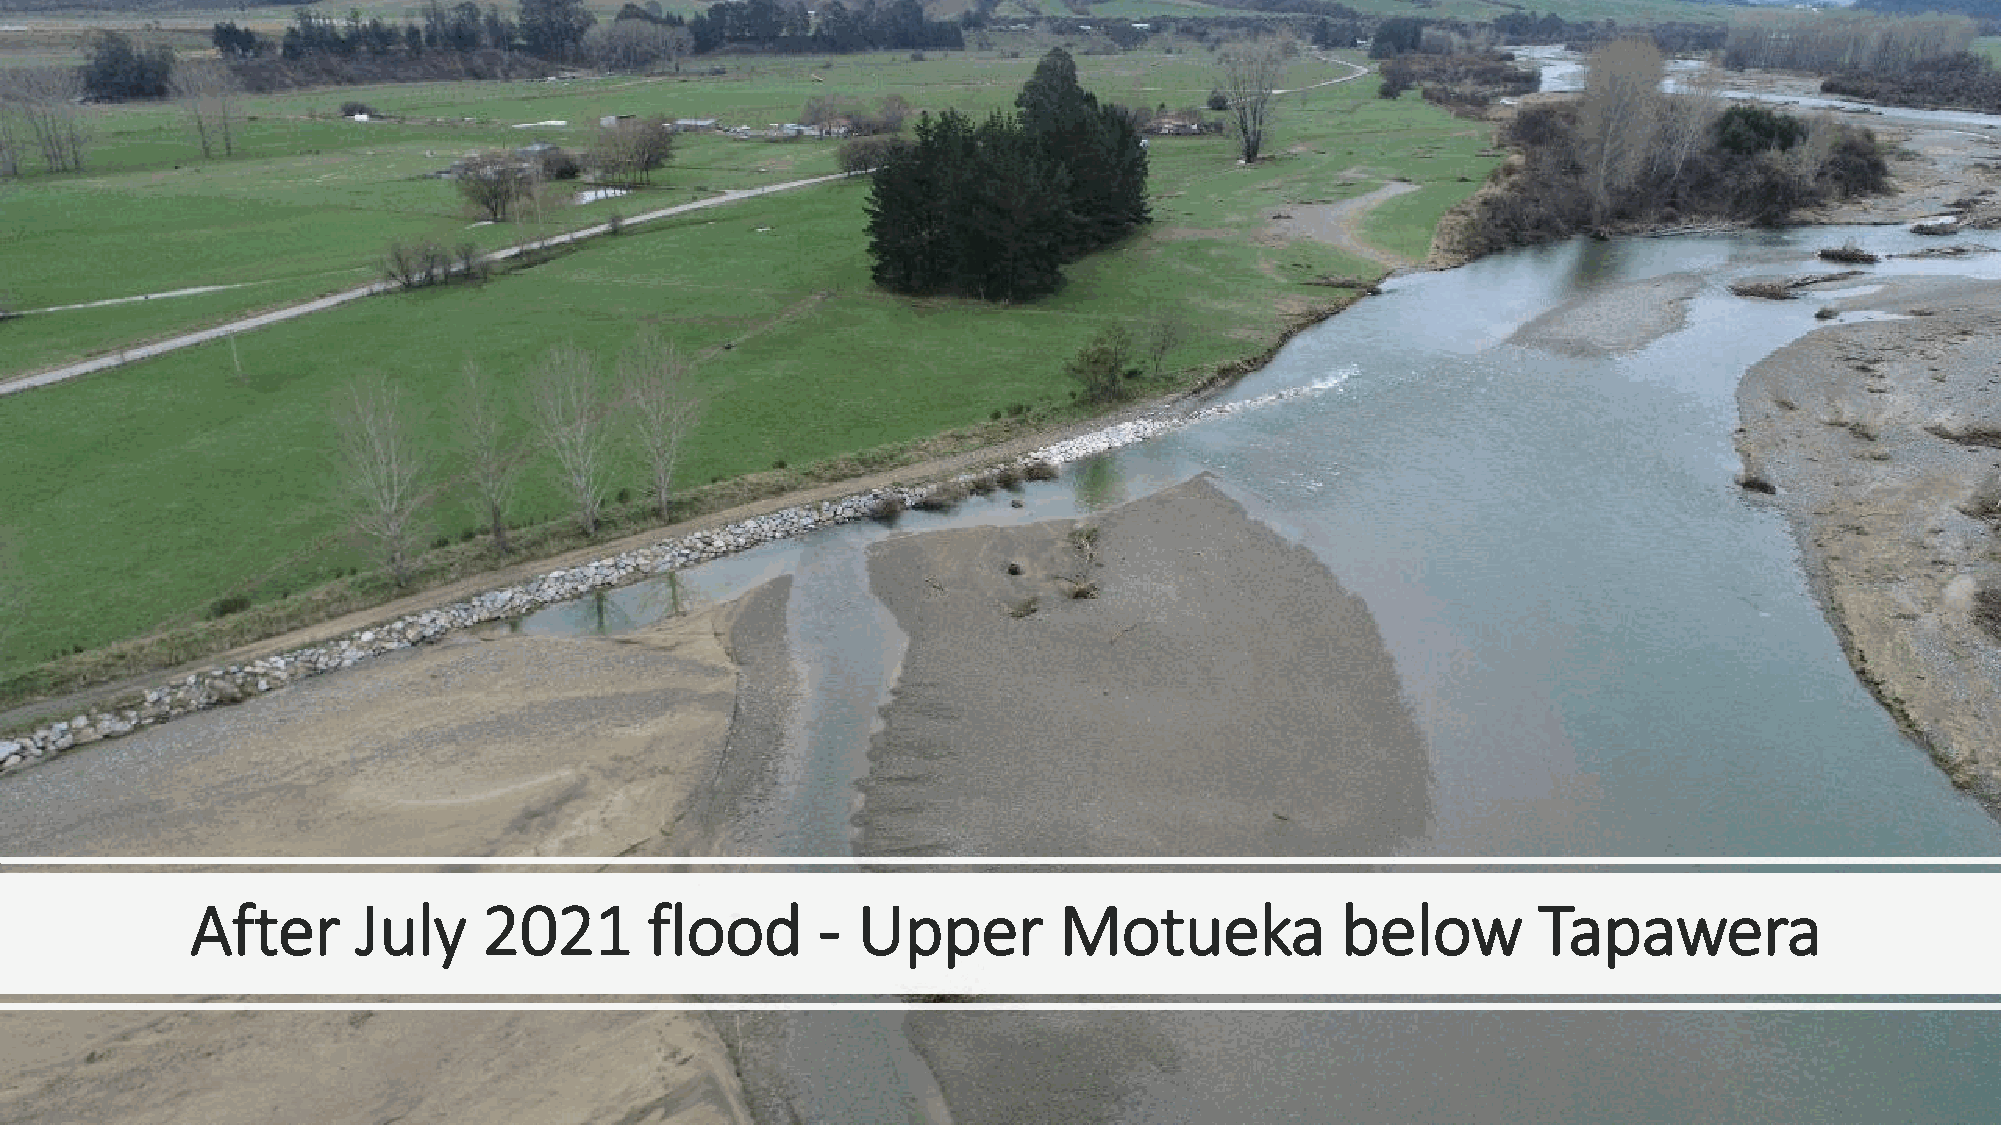
After      July    2021       flood      -  Upper        Motueka            below        Tapawera